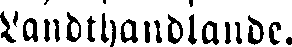
Landthandlande.